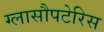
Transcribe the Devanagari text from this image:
ग्लासौपटेरिस